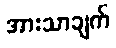
အားသာချက်